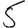
Digit: 5